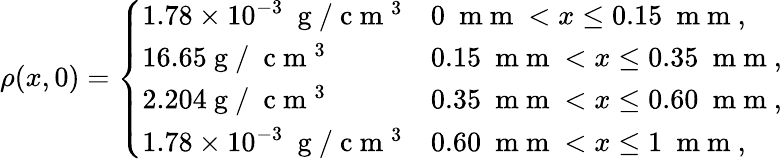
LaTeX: \rho(x,0)=\left\{ \begin{array}{ll}{1.78\times 10^{-3}~\mathrm{~g~}/\mathrm{~c~m~}^{3}}&{0~\mathrm{~m~m~}<x\leq 0.15~\mathrm{~m~m~},}\\ {16.65\mathrm{~g~}/~\mathrm{~c~m~}^{3}}&{0.15~\mathrm{~m~m~}<x\leq 0.35~\mathrm{~m~m~},}\\ {2.204\mathrm{~g~}/~\mathrm{~c~m~}^{3}}&{0.35~\mathrm{~m~m~}<x\leq 0.60~\mathrm{~m~m~},}\\ {1.78\times 10^{-3}~\mathrm{~g~}/\mathrm{~c~m~}^{3}}&{0.60~\mathrm{~m~m~}<x\leq 1~\mathrm{~m~m~},}\end{array}\right.